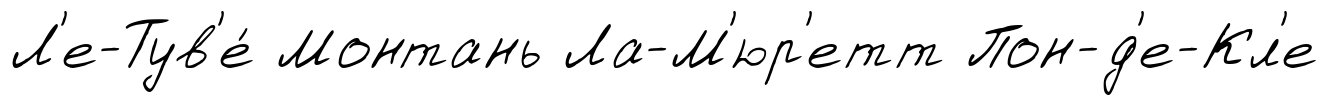
Л'е-Тув'е́ Монтань Ла-М'юр'етт Пон-д'е-Кл'е